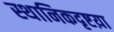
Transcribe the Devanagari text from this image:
स्थानिकदृष्टय़ा